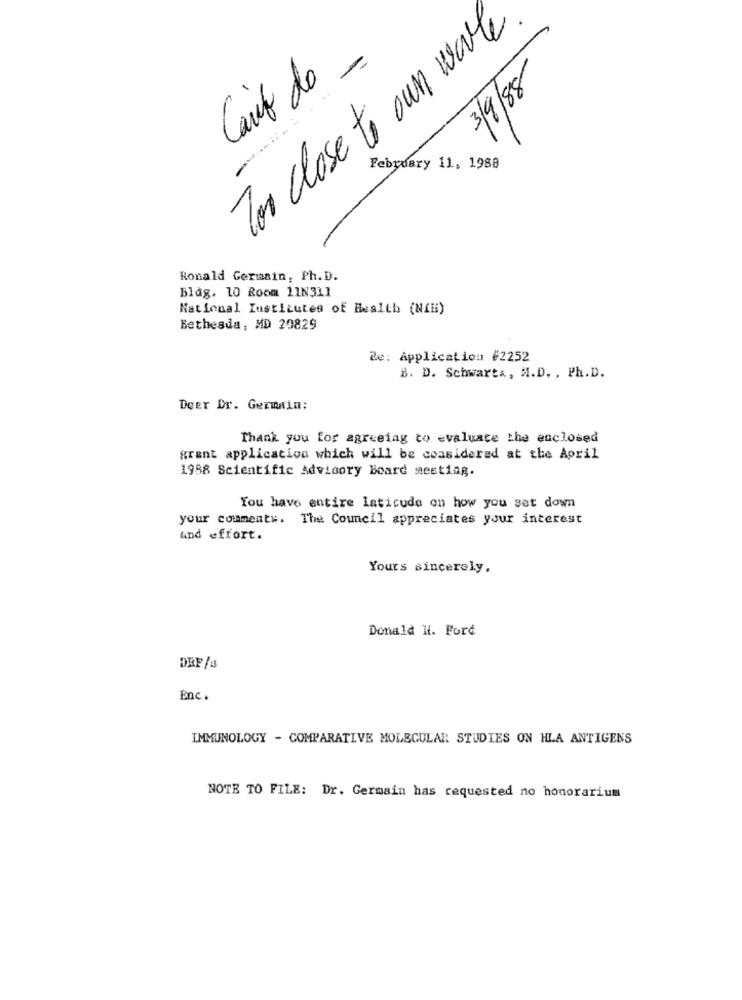
Tor close to own work
Carico do -
=
3/9/8
February 11, 1988
Ronald Germain, Ph. D.
Blag. 10 Room 11N311
National Institutes of Health (NIH)
Bethesda, MD 29829
Re: Application #2252
B. D. Schwarta, M.D. , Ph.D.
Deer Dr. Germain:
Thank you for agreeing to evaluate the enclosed
grant application which will be considered at the April
1988 Scientific Advisory Board meeting.
You have entire laticudo on how you set down
your commentw. The Council appreciates your interest
and effort.
Yours sincerely,
Donald H. Ford
DRE/a
Enc.
IMMUNOLOGY - COMPARATIVE MOLECULAR STUDIES ON HLA ANTIGENS
NOTE TO FILE: Dr. Germain has requested no honorarium